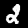
Label: 2